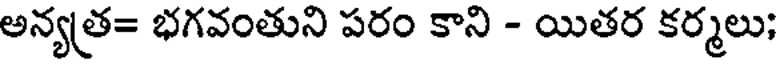
అన్యత్ర= భగవంతుని పరం కాని - యితర కర్మలు;